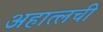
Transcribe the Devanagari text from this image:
अहात्लची